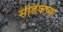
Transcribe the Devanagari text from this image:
सीडॅकच्या